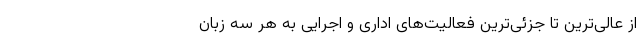
از عالی‌ترین تا جزئی‌ترین فعالیت‌های اداری و اجرایی به هر سه زبان